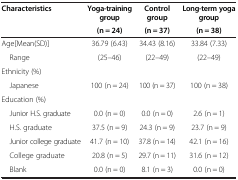
<table><thead><tr><td rowspan="2"><b>Characteristics</b></td><td><b>Yoga-training group</b></td><td><b>Control group</b></td><td><b>Long-term yoga group</b></td></tr><tr><td><b>(n = 24)</b></td><td><b>(n = 37)</b></td><td><b>(n = 38)</b></td></tr></thead><tbody><tr><td>Age[Mean(SD)]</td><td>36.79 (6.43)</td><td>34.43 (8.16)</td><td>33.84 (7.33)</td></tr><tr><td> Range</td><td>(25–46)</td><td>(22–49)</td><td>(22–49)</td></tr><tr><td>Ethnicity (%)</td><td> </td><td> </td><td> </td></tr><tr><td> Japanese</td><td>100 (n = 24)</td><td>100 (n = 37)</td><td>100 (n = 38)</td></tr><tr><td>Education (%)</td><td> </td><td> </td><td> </td></tr><tr><td> Junior H.S. graduate</td><td>0.0 (n = 0)</td><td>0.0 (n = 0)</td><td>2.6 (n = 1)</td></tr><tr><td> H.S. graduate</td><td>37.5 (n = 9)</td><td>24.3 (n = 9)</td><td>23.7 (n = 9)</td></tr><tr><td> Junior college graduate</td><td>41.7 (n = 10)</td><td>37.8 (n = 14)</td><td>42.1 (n = 16)</td></tr><tr><td> College graduate</td><td>20.8 (n = 5)</td><td>29.7 (n = 11)</td><td>31.6 (n = 12)</td></tr><tr><td> Blank</td><td>0.0 (n = 0)</td><td>8.1 (n = 3)</td><td>0.0 (n = 0)</td></tr></tbody></table>